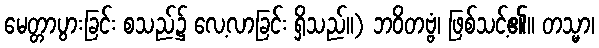
မေတ္တာပွားခြင်း စသည်၌ လေ့လာခြင်း ရှိသည်။) ဘဝိတဗ္ဗံ၊ ဖြစ်သင့်၏။ တသ္မာ၊